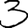
Digit: 3